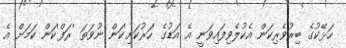
ހަޅޭކުގެ ބިރުވެރިކަން އެކުލެވިފައިވަނީ އެ އަޑުގެ 'ހަރުކަށި'ކަން ނުވަތަ 'ރަފް'ކަން ކަމަށް އެ